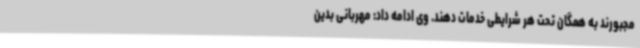
مجبورند به همگان تحت هر شرایطی خدمات دهند. وی ادامه داد: مهربانی بدین